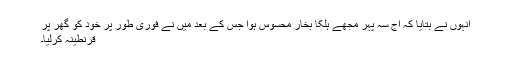
انہوں نے بتایا کہ آج سہ پہر مجھے ہلکا بخار محسوس ہوا جس کے بعد میں نے فوری طور پر خود کو گھر پر
قرنطینہ کرلیا۔